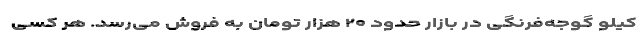
کیلو گوجه‌فرنگی در بازار حدود ۲۰ هزار تومان به فروش می‌رسد. هر کسی